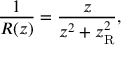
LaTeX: { \frac { 1 } { R ( z ) } } = { \frac { z } { z ^ { 2 } + z _ { \mathrm { R } } ^ { 2 } } } ,